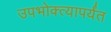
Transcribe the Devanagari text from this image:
उपभोक्त्यापर्यंत